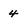
Character: 4